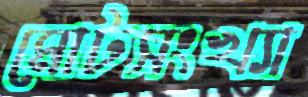
মোটসংখ্যা